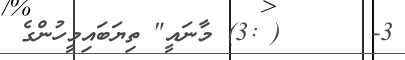
3-      ( :3) މާނައީ" ތިޔަބައިމީހުންގެ